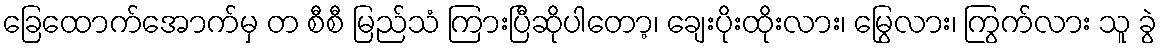
ခြေထောက်အောက်မှ တ စီစီ မြည်သံ ကြားပြီဆိုပါတော့၊ ချေးပိုးထိုးလား၊ မြွေလား၊ ကြွက်လား သူ ခွဲ